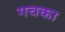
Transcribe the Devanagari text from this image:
गचका